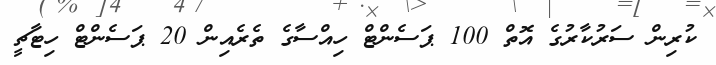
ކުރިން ސަރުކާރުގެ އޮތް 100 ޕަސެންޓް ހިއްސާގެ ތެރެއިން 20 ޕަސެންޓް ހިޓާޗީ